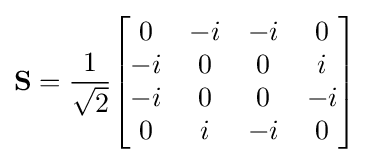
\mathbf {S} ={\frac {1}{\sqrt {2}}}{\begin{bmatrix}0&-i&-i&0\\-i&0&0&i\\-i&0&0&-i\\0&i&-i&0\end{bmatrix}}